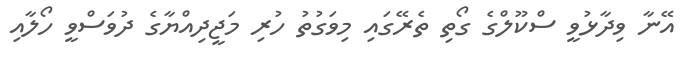
އޭނާ ވިދާޅުވީ ސްކޫލްގެ ގޯތި ތެރޭގައި މިވަގުތު ހުރި މަޖީދިއްޔާގެ ދުވަސްވީ ހޯލާއި